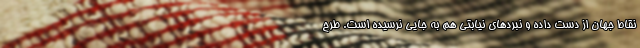
نقاط جهان از دست داده و نبرد‌های نیابتی هم به جایی نرسیده است. طرح